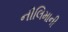
નીલિમાની